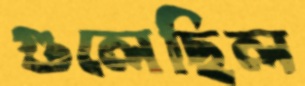
গুলেছিল